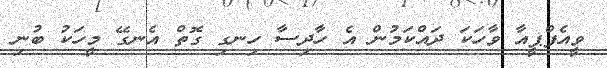
ވީއެފްޕީއާ ވާހަކަ ދައްކަމުން އެ ހާދިސާ ހިނގި ގޮތް އެނގޭ މީހަކު ބުނި